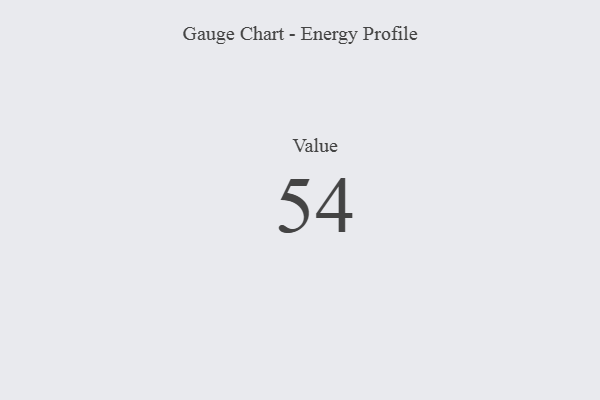
{"axis": {"x": "Metric", "y": "Value"}, "legend": [""], "data": [{"x": "Value", "y": 54, "type": ""}]}